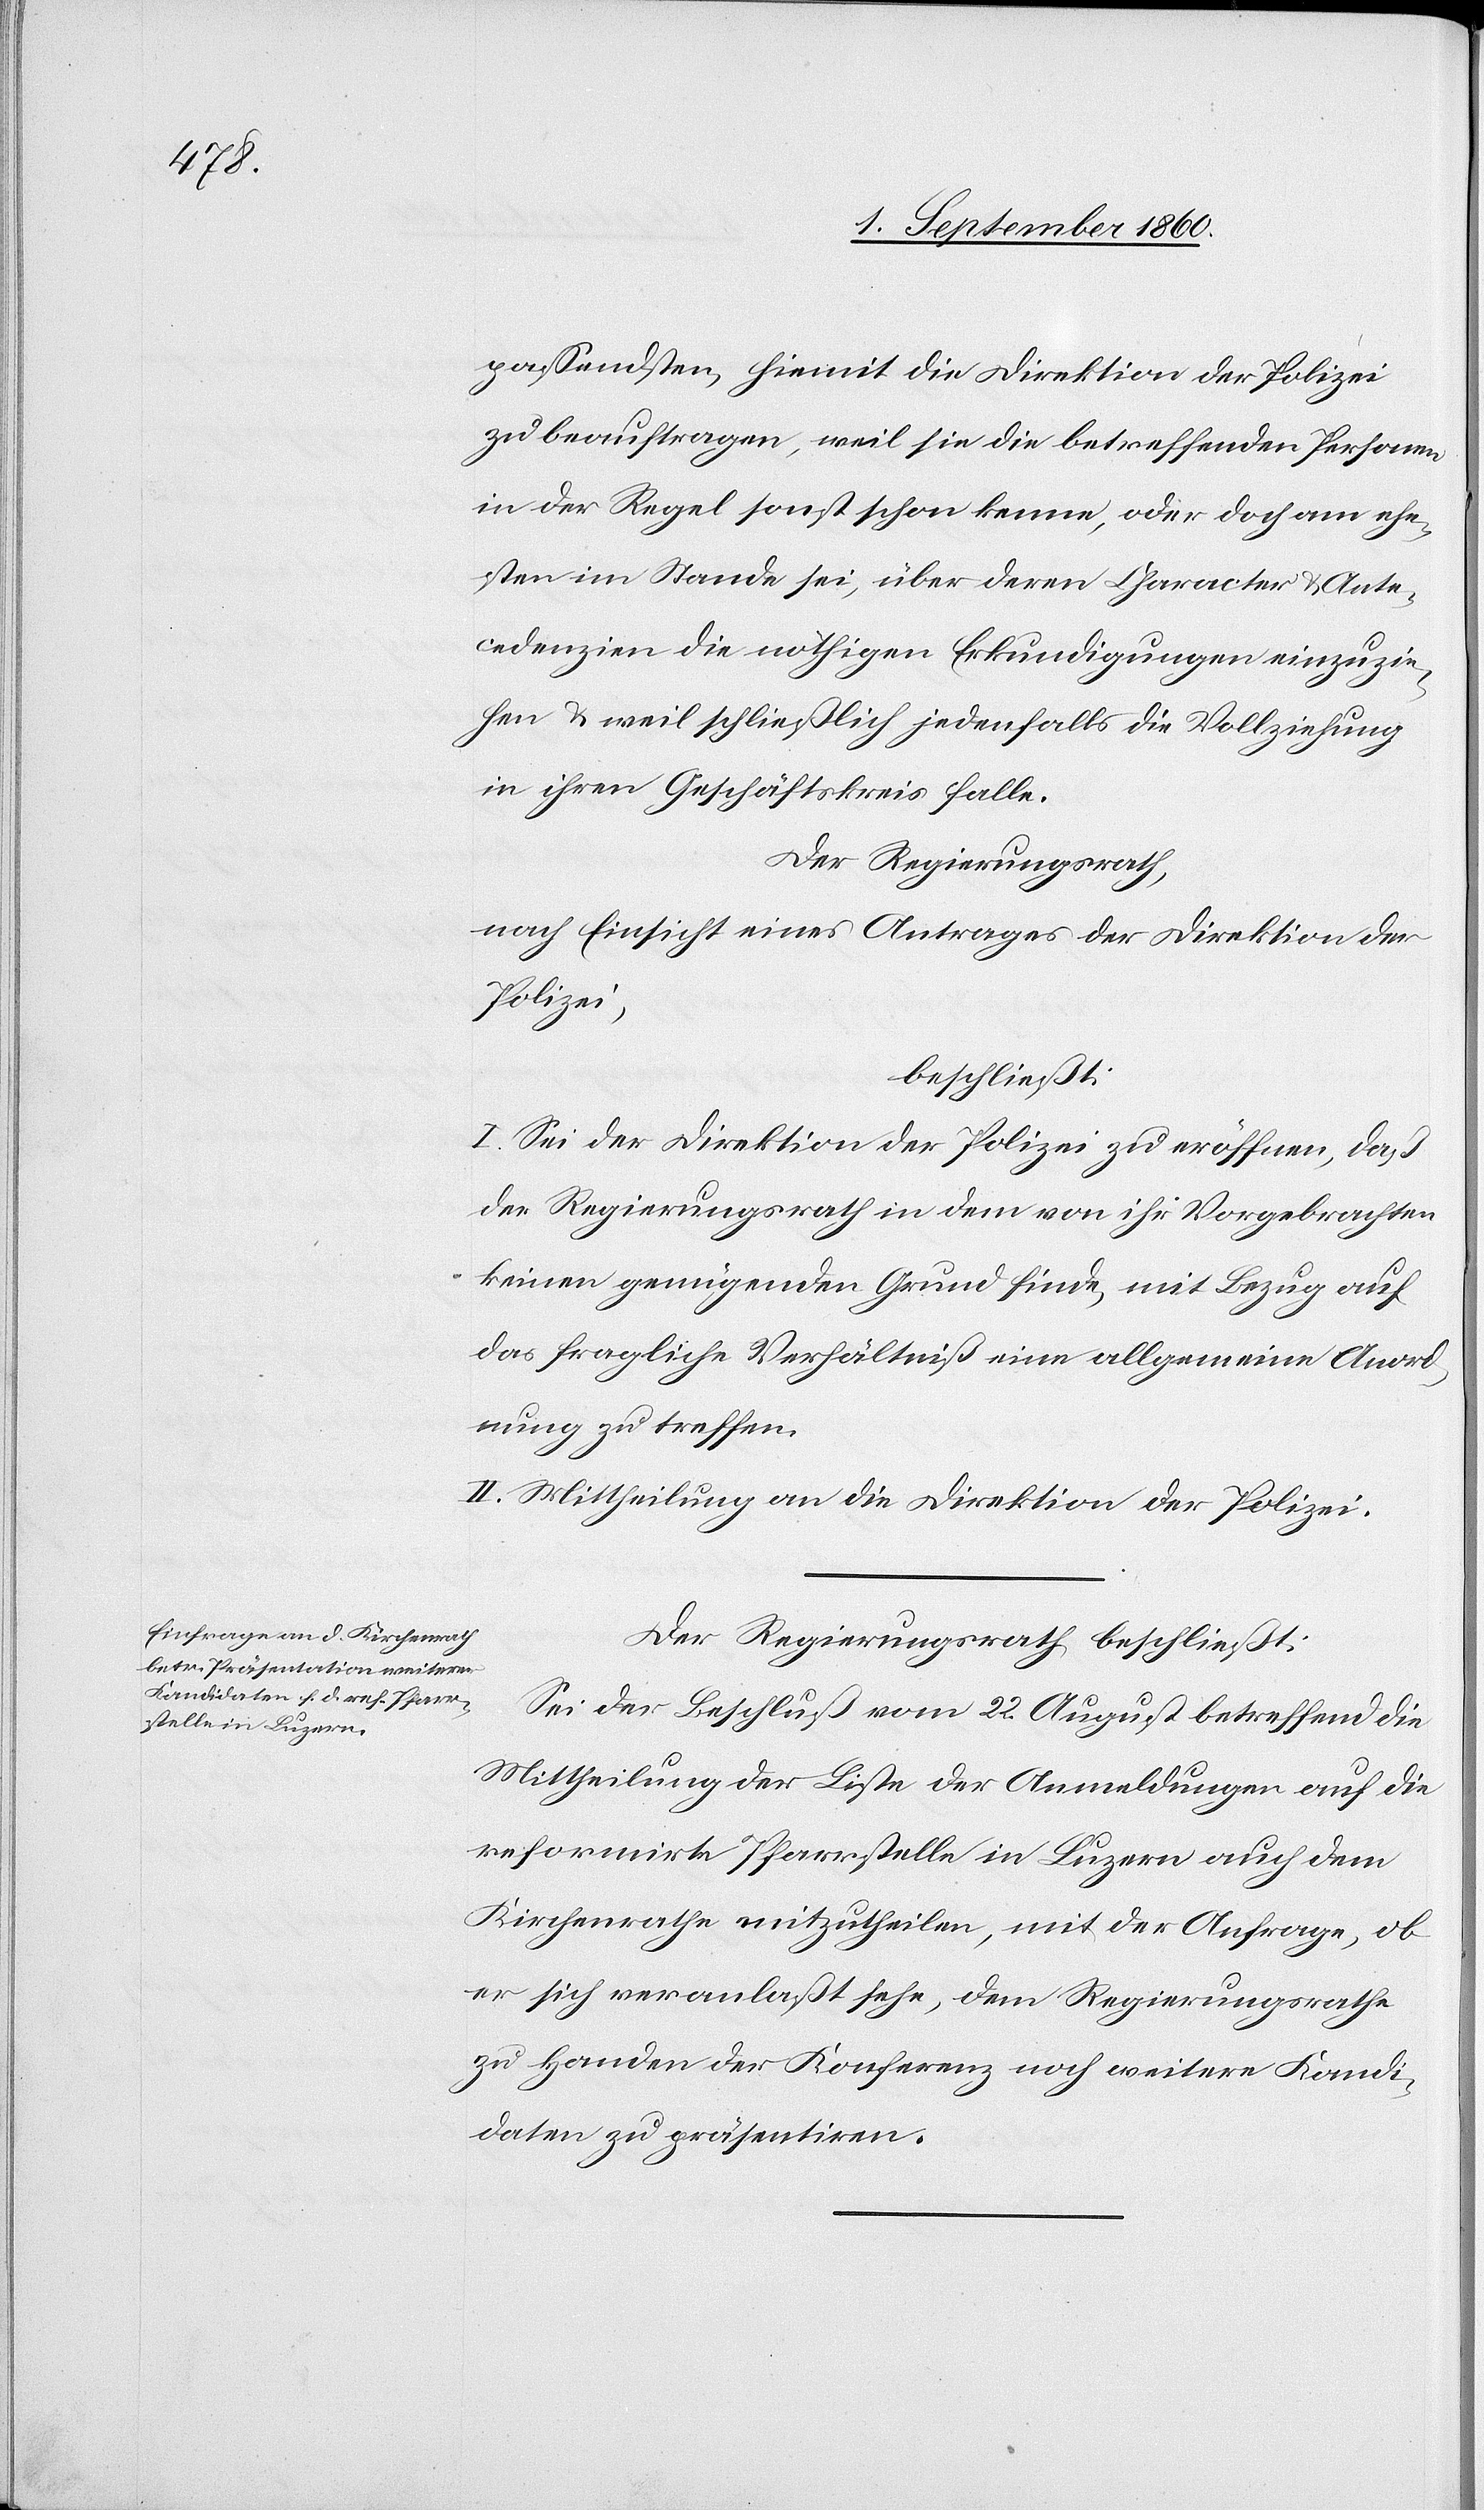
passendsten, hiemit die Direktion der Polizei
zu beauftragen, weil sie die betreffenden Personen
in der Regel sonst schon kenne, oder doch am ehe¬
sten im Stande sei, über deren Charakter u. Ante¬
ndenzien die nöthigen Erkundigungen einzuzie¬
hen u. weil schliesslich jedenfalls die Vollziehung
in ihren Geschäftskreis falle.
Der Regierungsrath
nach Einsicht eines Antrages der Direktion der
Polizei
beschliesst:
I. Sei der Direktion der Polizei zu eröffnen, dass
der Regierungsrath in dem von ihr Vorgebrachten
keinen genügenden Grund finde, mit Bezug auf
das fragliche Verhältniss eine allgemeine Anord¬
nung zu treffen.
II. Mittheilung an die Direktion der Polizei.
Der Regierungsrath beschliesst:
Sei der Beschluss vom 22. August betreffend die
Mittheilung der Liste der Anmeldungen auf die
reformirte Pfarrstelle in Luzern auch dem
Kirchenrathe mitzutheilen, mit der Anfrage, ob
er sich veranlasst sehe, dem Regierungsrathe
zu Handen der Konferenz noch weitere Kandi¬
daten zu präsentiren.